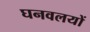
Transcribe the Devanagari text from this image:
घनवलयों